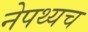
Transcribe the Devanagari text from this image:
नेपथ्यच